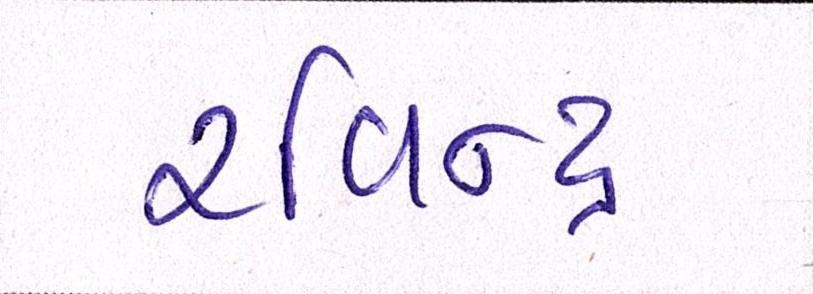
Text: રવિન્દ્ર